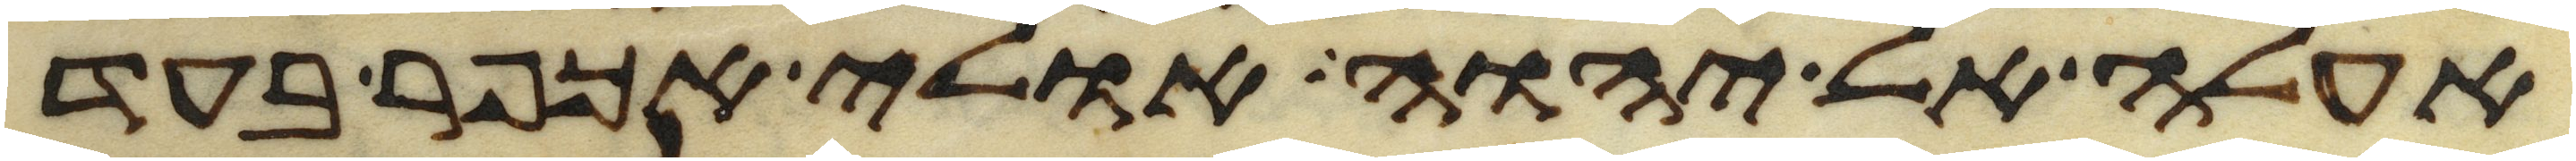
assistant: אעלה אל יהוה אולי אכפר בעד